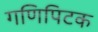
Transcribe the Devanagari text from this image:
गणिपिटक